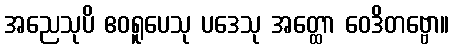
အညေသုပိ ဧဝရူပေသု ပဒေသု အတ္ထော ဝေဒိတဗ္ဗော။